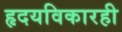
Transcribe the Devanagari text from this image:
हृदयविकारही